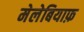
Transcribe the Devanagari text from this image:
मेलेबियाफ़